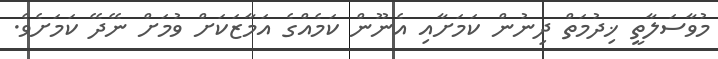
މުވާސަލާތީ ޚިދުމަތް ދިނުން ކަމަށާއި އެނޫން ކަމެއްގެ އަމާޒަކަށް ވުމަށް ނޭދޭ ކަމަށެވެ.